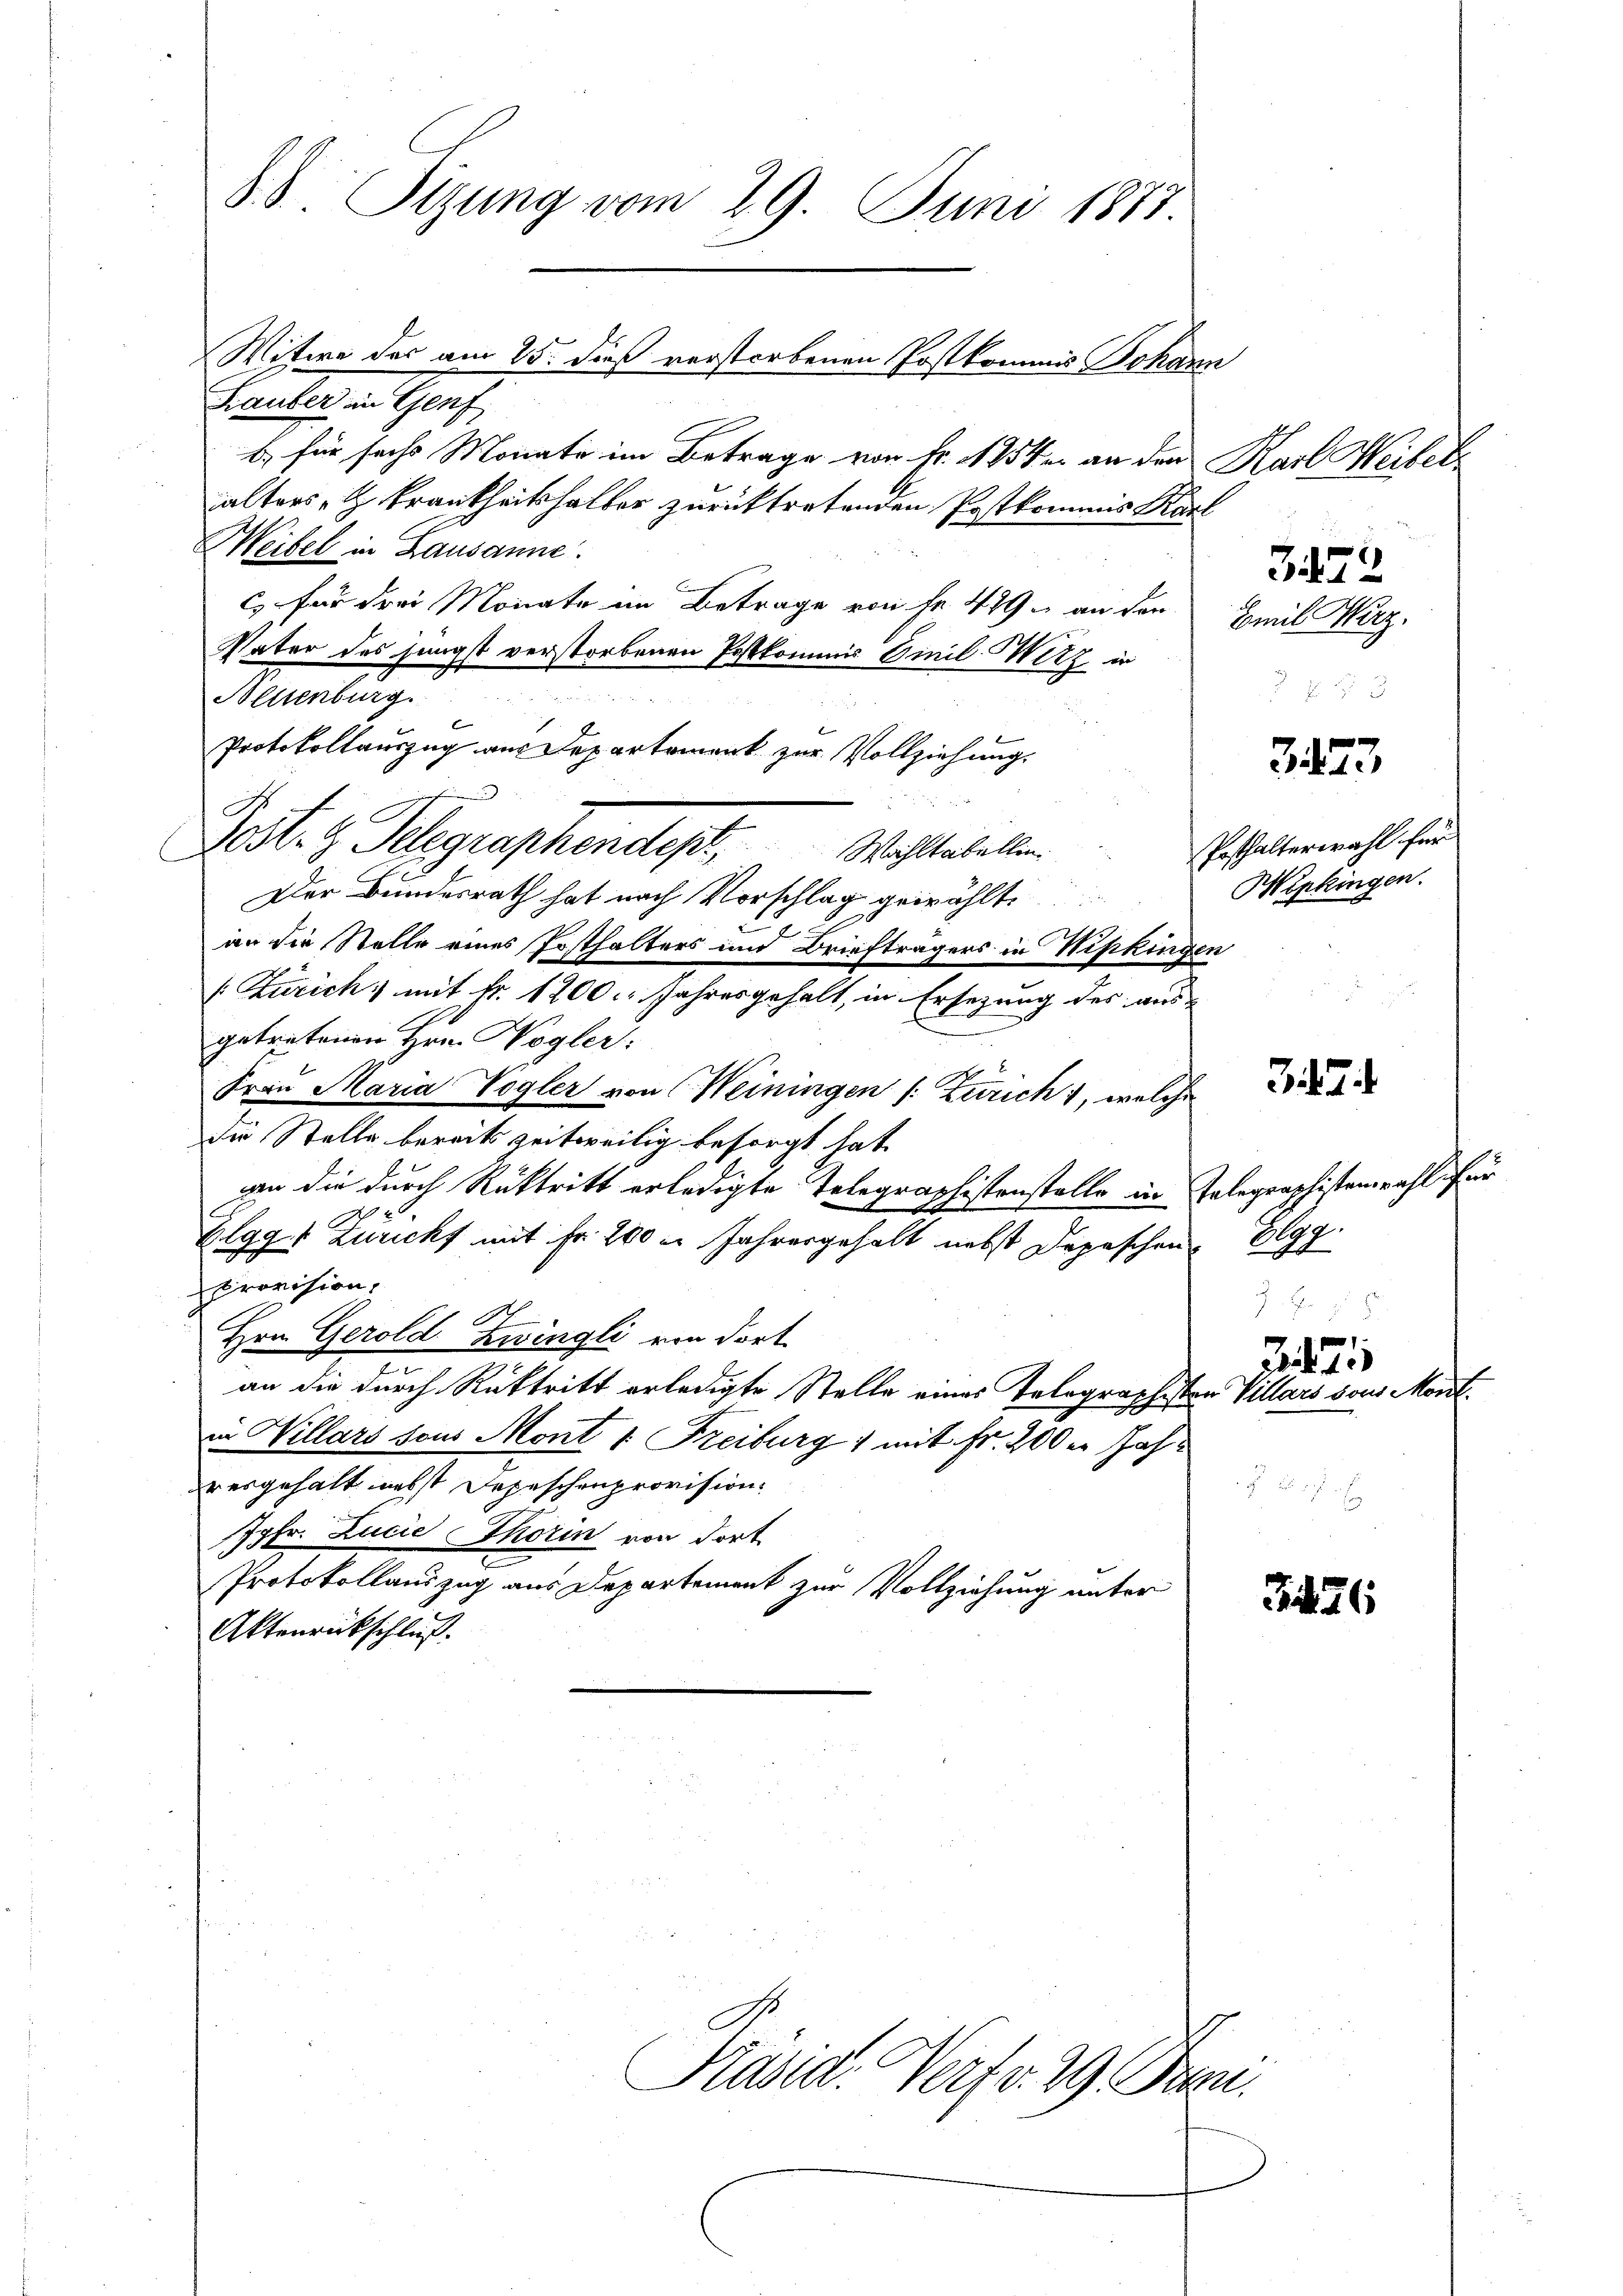
S.S. Sizung vom 29. Juni 1887.
Bauber, in Graf
b) für sechs Monate im Betrage von Fr. 1854 an den Karl Weibel
älters- & Frankheitshalter zurücktretenden Postkommis Karl
eibel in Lausanne.

Witwe der am 25. dieß verstorbenen Postkommis Johann

Protokollauszug aus Departement zur Vollziehung.
.
C
Post. H. Gelegraphendest.   Mittelalten

C. für drei Monate im Betrage von Fr. 429 u an den
Vater des jüngst verstorbenen Postkommnis Finil Wirz in
Neuenburg.
Der Bundesrath hat nach Vorschlag gewählte
2
an die Stelle eines Posthalters und Briefträgers in Wipkingen
(Zürich) mit Fr. 1200. Jahresgehalt, in Ersezung des aus-
getretenen Hrn. Wogler:
Frau Maria Vogler von (Weiningen (Zürich, welche
sie Stelle bereits zeitweilig besorgt hat.
an die durch Rücktritt erledigte Telegraphistenstelle in Telegraphistenzahl für
Elggt Züricht mit Fr. 200 m Jahresgehalt nebst Depeschen
Provision,
Hrn. Gerold-Zwingli von dort
e
an die durch Rücktritt erledigte Stelle eines Tolographiston Villars von Mor
2
in Willars sous Mont 1. Freiburg 1 mit Fr. 200 er Jahdresgehalt nebst Depeschenprovision.
Jgfr. Lucie Thorin von dort
Protokollauszug aus Departement zur Vollziehung unter
Aktenrückschluß.

Prand Verfr. 29 Jan.

372
Emil Herz.

Posthalterwahl für
Wipkingen.

Elgg.
No 98

Z 4

323,

32

.

326

.

u